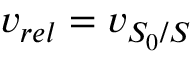
v _ { r e l } = v _ { S _ { 0 } / S }